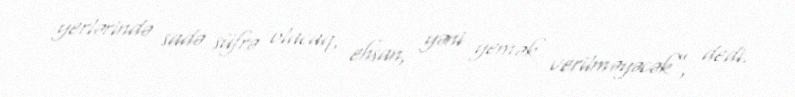
yerlərində sadə süfrə olacaq, ehsan, yəni yemək verilməyəcək”, dedi.